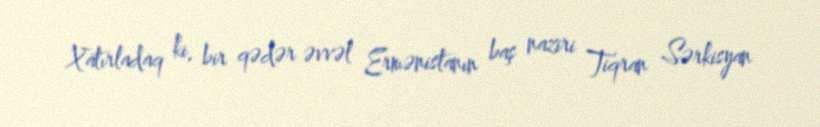
Xatırladaq ki, bir qədər əvvəl Ermənistanın baş naziri Tiqran Sərkisyan